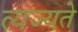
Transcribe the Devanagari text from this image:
त्यज्यते